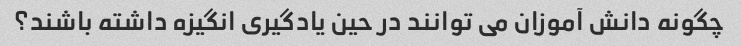
چگونه دانش آموزان می توانند در حین یادگیری انگیزه داشته باشند؟